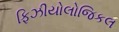
ફિઝીયોલોજિકલ